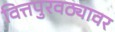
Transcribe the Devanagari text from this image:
वित्तपुरवठ्यावर